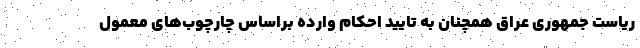
ریاست جمهوری عراق همچنان به تایید احکام وارده براساس چارچوب‌های معمول